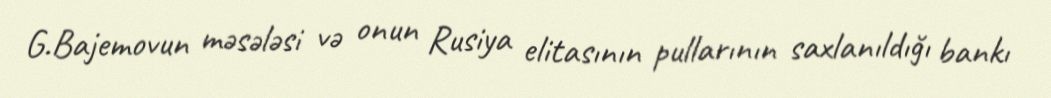
G.Bajemovun məsələsi və onun Rusiya elitasının pullarının saxlanıldığı bankı